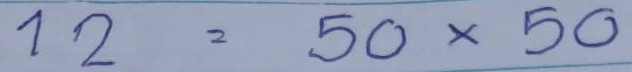
12 = 50 x 50